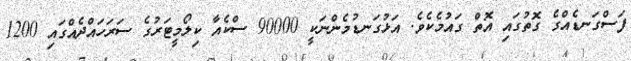
ފަސްގަނޑެއްގެ ގޮތުގައި އޮތް ގައުމެކެވެ. އަޅުގަނޑުމެންނަކީ 90000 ސްކެއާ ކިލޯމީޓަރުގެ ސަރަހައްދެއްގައި 1200